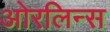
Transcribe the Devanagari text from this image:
ओरलिन्स